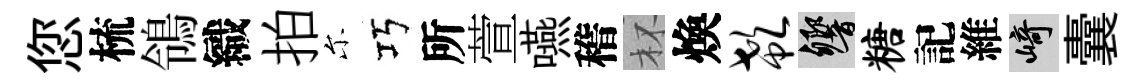
您梳鴒織拍尓巧所萱嚥稽杯煥欷響糖記維崎囊